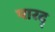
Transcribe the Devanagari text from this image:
पारद्